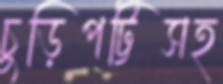
চুড়িপট্টিসহ